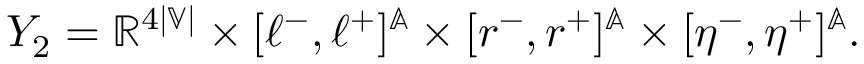
\begin{array} { r } { Y _ { 2 } = \mathbb { R } ^ { 4 | \mathbb { V } | } \times [ \ell ^ { - } , \ell ^ { + } ] ^ { \mathbb { A } } \times [ r ^ { - } , r ^ { + } ] ^ { \mathbb { A } } \times [ \eta ^ { - } , \eta ^ { + } ] ^ { \mathbb { A } } . } \end{array}